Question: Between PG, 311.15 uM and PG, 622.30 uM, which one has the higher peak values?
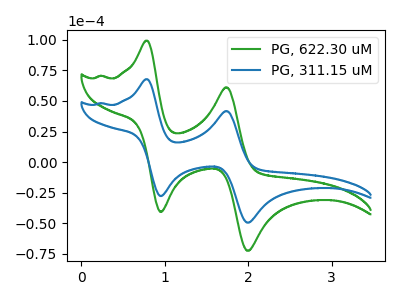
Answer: <think>The green curve "PG, 622.30 uM" has anodic peaks at (0.80V, 99.30uA) (1.75V, 61.20uA) and cathodic peaks at (0.95V, -40.70uA) (2.00V, -72.50uA). The blue curve "PG, 311.15 uM" has anodic peaks at (0.80V, 67.80uA) (1.75V, 41.80uA) and cathodic peaks at (0.95V, -27.80uA) (2.00V, -49.50uA).</think>
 <answer>Every peak in "PG, 311.15 uM" is lower than every peak in "PG, 622.30 uM".</answer>
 <eval>lower</eval>